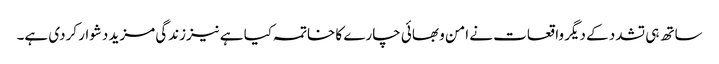
ساتھ ہی تشدد کے دیگر واقعات نے امن و بھائی چارے کا خاتمہ کیا ہے نیززندگی مزید دشوار کردی ہے۔